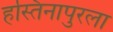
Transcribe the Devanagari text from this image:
हस्तिनापुरला